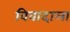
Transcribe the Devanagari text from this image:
विवादाला